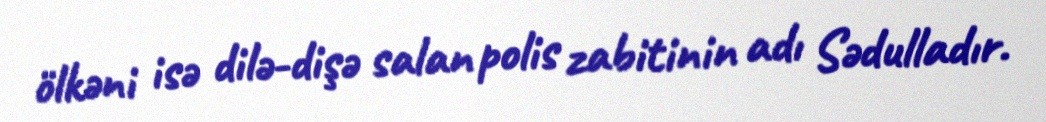
ölkəni isə dilə-dişə salan polis zabitinin adı Sədulladır.